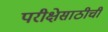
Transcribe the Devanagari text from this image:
परीक्षेसाठीची